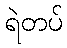
ရဲတပ်